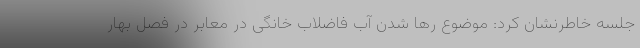
جلسه خاطرنشان کرد: موضوع رها شدن آب فاضلاب خانگی در معابر در فصل بهار